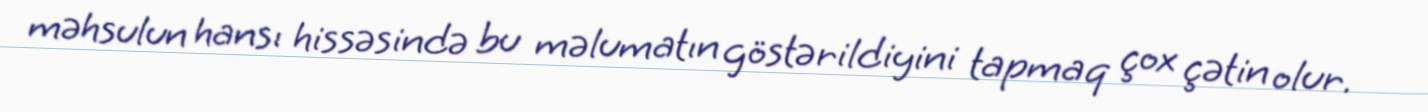
məhsulun hansı hissəsində bu məlumatın göstərildiyini tapmaq çox çətin olur.